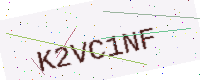
Text: K2VC1NF